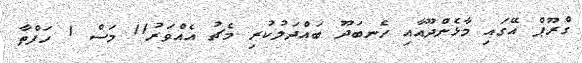
ގްރޫޕް އޭގައި މާޅެންދޫއާއި ހެނބަދޫ ބައްދަލުކުރި މެޗު އެއްވަރު11 މަސް 1 ހަފްތާ